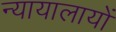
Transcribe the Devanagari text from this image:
न्यायालायों